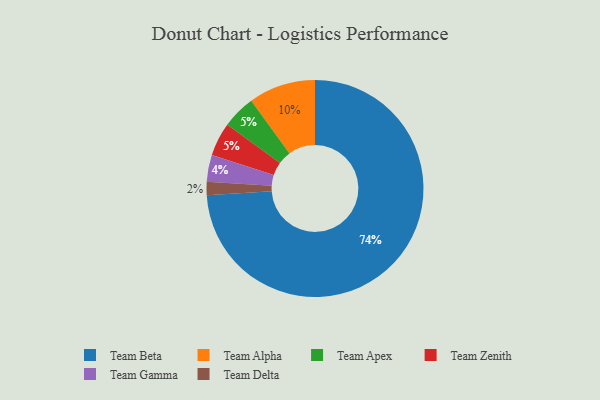
{"axis": {"x": "Category", "y": "Percentage"}, "legend": ["Team Alpha", "Team Apex", "Team Beta", "Team Delta", "Team Gamma", "Team Zenith"], "data": [{"x": "Team Alpha", "y": 10, "type": "Team Alpha"}, {"x": "Team Gamma", "y": 4, "type": "Team Gamma"}, {"x": "Team Beta", "y": 74, "type": "Team Beta"}, {"x": "Team Delta", "y": 2, "type": "Team Delta"}, {"x": "Team Apex", "y": 5, "type": "Team Apex"}, {"x": "Team Zenith", "y": 5, "type": "Team Zenith"}]}